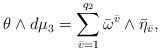
LaTeX: \begin{align*}\theta \wedge d\mu _{3}=\sum\limits_{\bar{v}=1}^{q_{2}}\bar{\omega}^{\bar{v}}\wedge \bar{\eta}_{\bar{v}}, \end{align*}